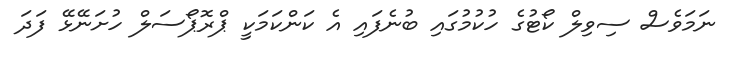
ނަމަވެސް ސިވިލް ކޯޓުގެ ހުކުމުގައި ބުނެފައި އެ ކަންކަމަކީ ޕްރޮޕޯސަލް ހުށަނޭޅޭ ފަދަ